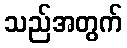
သည်အတွက်